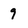
Character: 9